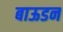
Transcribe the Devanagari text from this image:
बाऊडन